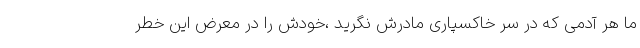
ما هر آدمی که در سرِ خاکسپاریِ مادرش نگرید ،خودش را در معرض این خطر